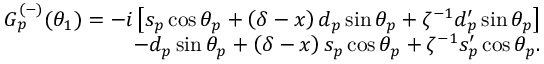
\begin{array} { r l r } & { } & { G _ { p } ^ { ( - ) } ( \theta _ { 1 } ) = - i \left[ s _ { p } \cos \theta _ { p } + \left( \delta - x \right) d _ { p } \sin \theta _ { p } + \zeta ^ { - 1 } d _ { p } ^ { \prime } \sin \theta _ { p } \right] } \\ & { } & { - d _ { p } \sin \theta _ { p } + \left( \delta - x \right) s _ { p } \cos \theta _ { p } + \zeta ^ { - 1 } s _ { p } ^ { \prime } \cos \theta _ { p } . } \end{array}